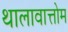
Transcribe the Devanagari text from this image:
थालावात्तोम